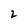
Character: 2